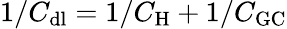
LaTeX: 1/C_{\mathrm{dl}}=1/C_{\mathrm{H}}+1/C_{\mathrm{GC}}